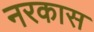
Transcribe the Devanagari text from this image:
नरकास